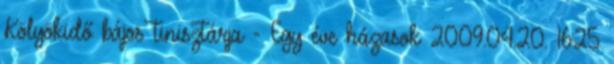
Kölyökidő bájos tinisztárja - Egy éve házasok 2009.04.20. 16:25